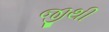
જીથી